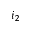
i _ { 2 }